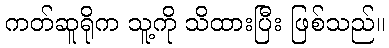
ကတ်ဆူရိုက သူ့ကို သိထားပြီး ဖြစ်သည်။